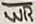
Text: WR